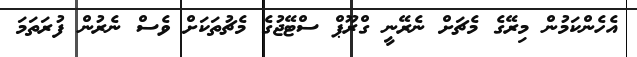
އެހެންކަމުން މިރޭގެ މެޗަށް ނެރޭނީ ގްރޫޕް ސްޓޭޖުގެ މެޗުތަކަށް ވެސް ނެރުން ފުރަތަމަ